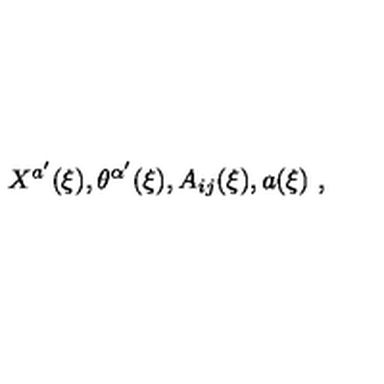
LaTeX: X ^ { a ^ { \prime } } ( \xi ) , \theta ^ { \alpha ^ { \prime } } ( \xi ) , A _ { i j } ( \xi ) , a ( \xi ) \ ,